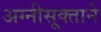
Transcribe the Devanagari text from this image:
अग्नीसूक्ताने